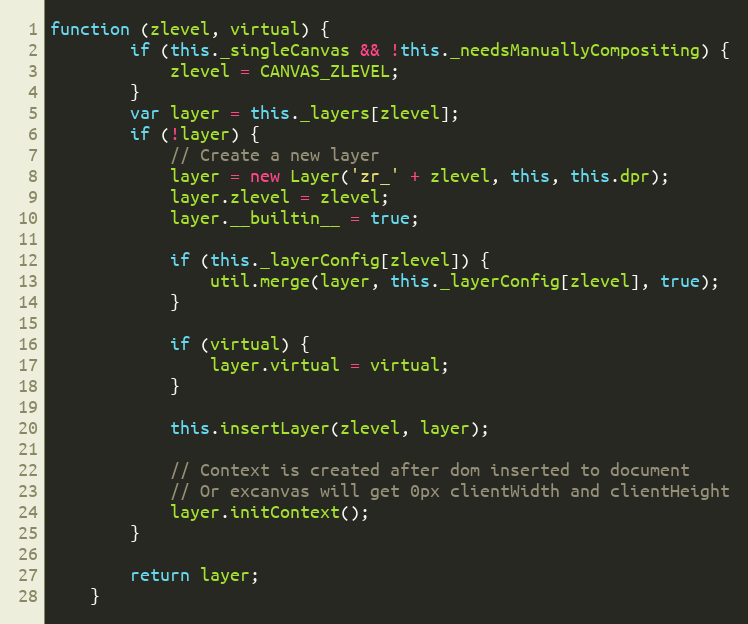
Language: JavaScript
function (zlevel, virtual) {
        if (this._singleCanvas && !this._needsManuallyCompositing) {
            zlevel = CANVAS_ZLEVEL;
        }
        var layer = this._layers[zlevel];
        if (!layer) {
            // Create a new layer
            layer = new Layer('zr_' + zlevel, this, this.dpr);
            layer.zlevel = zlevel;
            layer.__builtin__ = true;

            if (this._layerConfig[zlevel]) {
                util.merge(layer, this._layerConfig[zlevel], true);
            }

            if (virtual) {
                layer.virtual = virtual;
            }

            this.insertLayer(zlevel, layer);

            // Context is created after dom inserted to document
            // Or excanvas will get 0px clientWidth and clientHeight
            layer.initContext();
        }

        return layer;
    }